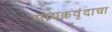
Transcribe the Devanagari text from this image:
गायकवृंदाचा